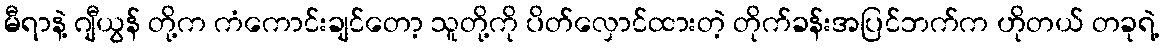
မီရာနဲ့ ဂျီယွန် တို့က ကံကောင်းချင်တော့ သူတို့ကို ပိတ်လှောင်ထားတဲ့ တိုက်ခန်းအပြင်ဘက်က ဟိုတယ် တခုရဲ့